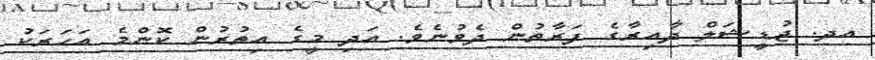
އދ. ޖުޑީޝަލް ދާއިރާގެ ފަރާތުން ދެވުނެވެ. އަދި މީގެ އިތުރުން ކޮންމެ އަހަރަކު